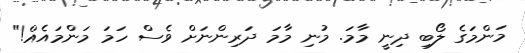
މަންމަގެ ލޯބި ދިނީ މާމަ. މުނި މާމަ ދަރިންނަށް ވެސް ހަމަ މަންމައެއް!"